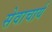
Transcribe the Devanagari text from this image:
सेवाचार्य